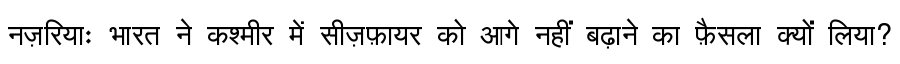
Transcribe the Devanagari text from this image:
नज़रियाः भारत ने कश्मीर में सीज़फ़ायर को आगे नहीं बढ़ाने का फ़ैसला क्यों लिया?